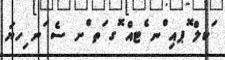
ަކލް ޮޕއި ްނ ެޓއް ޮގ ަތ ްށ ސެ ަނ ިހޔަ